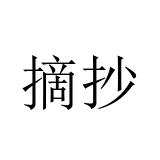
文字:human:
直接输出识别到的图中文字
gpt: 摘抄